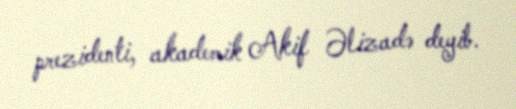
prezidenti, akademik Akif Əlizadə deyib.